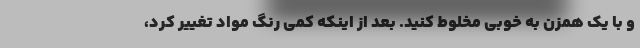
و با یک همزن به خوبی مخلوط کنید. بعد از اینکه کمی رنگ مواد تغییر کرد،